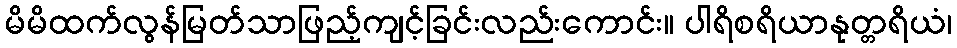
မိမိထက်လွန်မြတ်သာဖြည့်ကျင့်ခြင်းလည်းကောင်း။ ပါရိစရိယာနုတ္တရိယံ၊